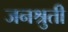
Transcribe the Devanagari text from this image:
जनश्रुती